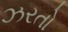
ઝરતો